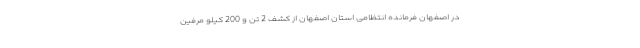
در اصفهان فرمانده انتظامی استان اصفهان از کشف 2 تن و 200 کیلو مرفین